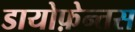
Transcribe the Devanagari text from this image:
डायोफ़ेन्तस